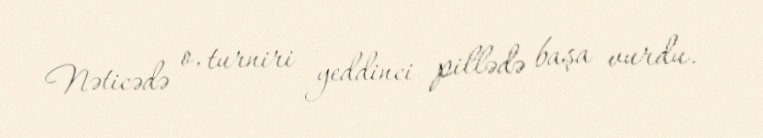
Nəticədə o, turniri yeddinci pillədə başa vurdu.